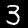
Digit: 3